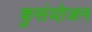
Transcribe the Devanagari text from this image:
कुसंयोजन